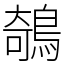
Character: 鵸